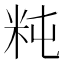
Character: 𥸵